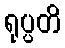
ရုပ္ပတိ